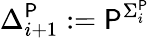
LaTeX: \Delta_{i+1}^{\mathsf{P}}:={\mathsf{P}}^{\Sigma_{i}^{\mathsf{P}}}